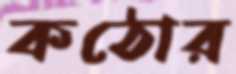
কঠোর